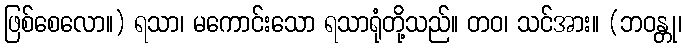
ဖြစ်စေလော။) ရသာ၊ မကောင်းသော ရသာရုံတို့သည်။ တဝ၊ သင်အား။ (ဘဝန္တု၊